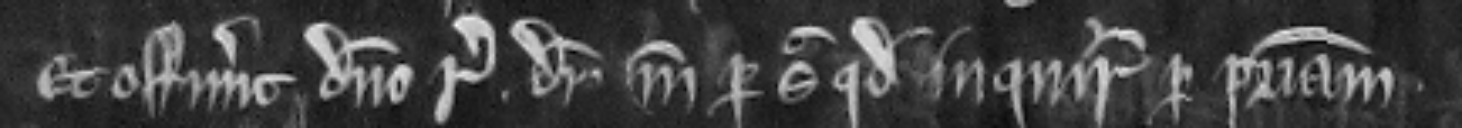
Et offerunt domino regi dimidiam marcam per sic quod inquiratur per patriam.